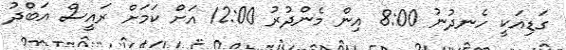
ގަޑިއަކީ ހެނދުނު 8:00 އިން މެންދުރު 12:00 އަށް ކަމަށް ރައީސް އަބްދު